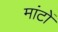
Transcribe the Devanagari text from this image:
मांटों